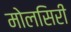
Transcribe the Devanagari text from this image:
मोलसिरी